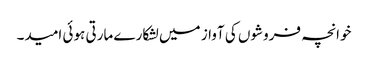
خوانچہ فروشوں کی آواز میں لشکارے مارتی ہوئی امید۔